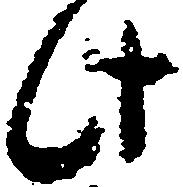
此